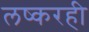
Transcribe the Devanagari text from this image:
लष्करही